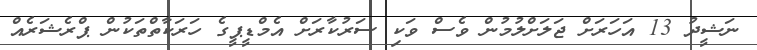
ނަޝީދު 13 އަހަރަށް ޖަލަށްލުމުން ވެސް ވަކި ސަރުކާރަށް އެމްޑީޕީގެ ހަރަކާތްތަކުން ޕްރެޝަރެއް